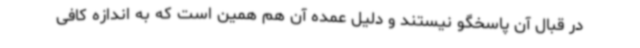
در قبال آن پاسخگو نیستند و دلیل عمده آن هم همین است که به اندازه کافی